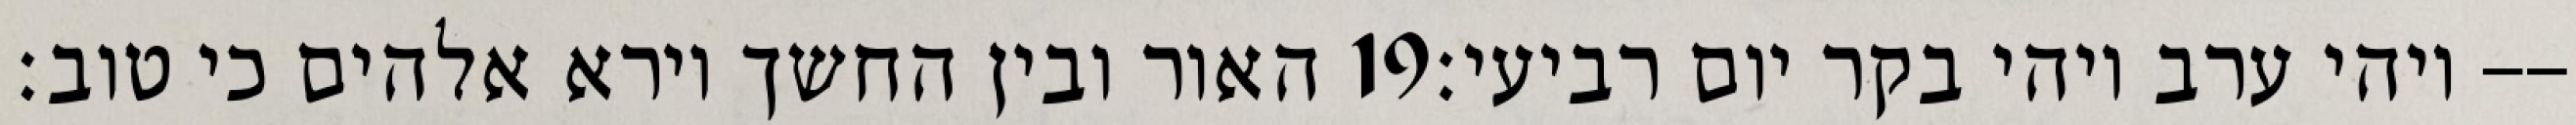
האור ובין החשך וירא אלהים כי טוב׃ ‎19‏ ויהי ערב ויהי בקר יום רביעי׃--